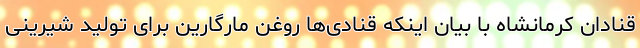
قنادان کرمانشاه با بیان اینکه قنادی‌ها روغن مارگارین برای تولید شیرینی